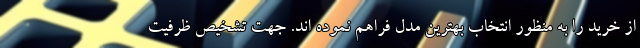
از خرید را به منظور انتخاب بهترین مدل فراهم نموده اند. جهت تشخیص ظرفیت